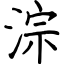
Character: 淙